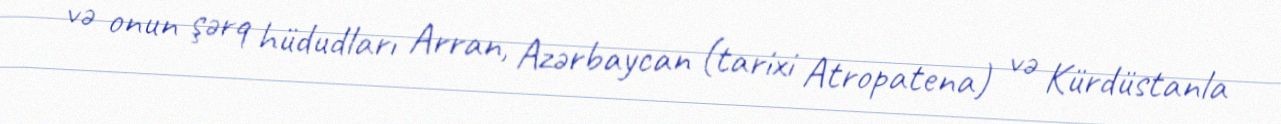
və onun şərq hüdudları Arran, Azərbaycan (tarixi Atropatena) və Kürdüstanla